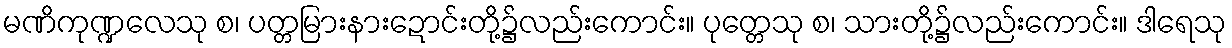
မဏိကုဏ္ဍလေသု စ၊ ပတ္တမြားနားဍောင်းတို့၌လည်းကောင်း။ ပုတ္တေသု စ၊ သားတို့၌လည်းကောင်း။ ဒါရေသု